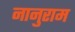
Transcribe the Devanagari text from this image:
नानुराम